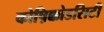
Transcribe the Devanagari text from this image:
कोष़िक्कोडसिटी